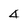
Character: 4